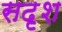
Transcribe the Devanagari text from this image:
सदृश